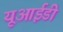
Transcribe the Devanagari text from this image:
यूआईडी